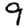
Digit: 9